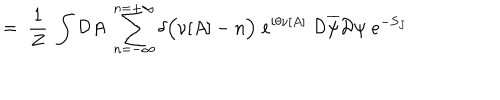
= \; \frac { 1 } { Z } \; \int { \cal D } A \; \sum _ { n = - \infty } ^ { n = + \infty } \delta \Big ( \nu [ A ] - n \Big ) \; e ^ { i \theta \nu [ A ] } \; { \cal D } \overline { { { \psi } } } { \cal D } \psi \; e ^ { - S _ { J } }